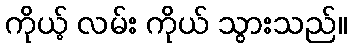
ကိုယ့် လမ်း ကိုယ် သွားသည်။